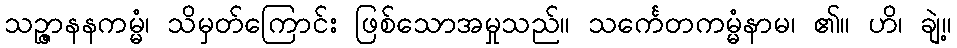
သဉ္ဇာနနကမ္မံ၊ သိမှတ်ကြောင်း ဖြစ်သောအမှုသည်။ သင်္ကေတကမ္မံနာမ၊ ၏။ ဟိ၊ ချဲ့။